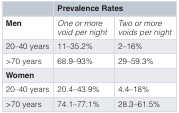
|  | <COLSPAN=2> Prevalence Rates |
 | --- | --- | --- |
 | Men | One or morevoid per night | Two or morevoids per night |
 | 20–40 years | 11–35.2% | 2–16% |
 | >70 years | 68.9–93% | 29–59.3% |
 | Women |  |  |  |
 | 20–40 years | 20.4–43.9% | 4.4–18% |
 | >70 years | 74.1–77.1% | 28.3–61.5% |